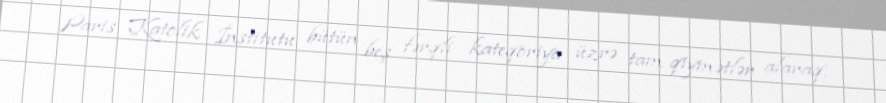
Paris Katolik İnstitutu bütün beş fərqli kateqoriya üzrə tam qiymətlər alaraq,